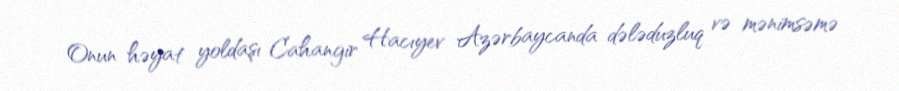
Onun həyat yoldaşı Cahangir Hacıyev Azərbaycanda dələduzluq və mənimsəmə